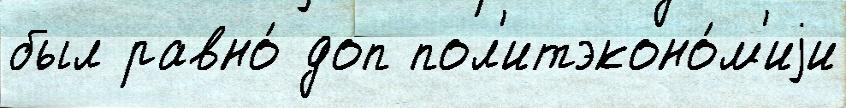
был равно́ доп пол'итэконо́м'иjи